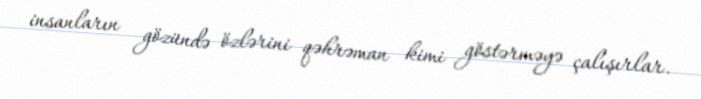
insanların gözündə özlərini qəhrəman kimi göstərməyə çalışırlar.